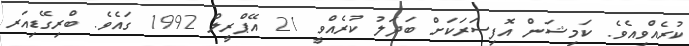
ކުރެއްވިއެވެ. ކަމިޝަން އޮފިސަރަކަށް ބަދަލު ކުރެއްވީ 21 އޭޕްރީލް 1992 ގައެވެ. ބްރިގޭޑިއަރ